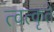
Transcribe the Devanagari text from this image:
त्वत्कृते